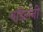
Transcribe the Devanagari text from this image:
वडिलंनी